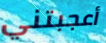
أعجبتني